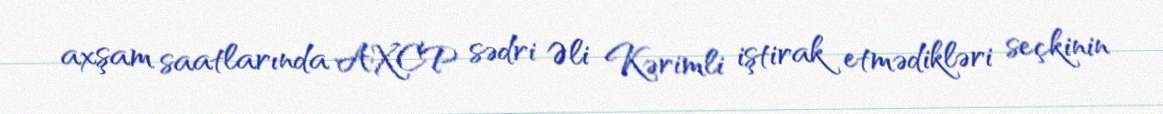
axşam saatlarında AXCP sədri Əli Kərimli iştirak etmədikləri seçkinin